system: You are a helpful assistant.
user:
Analyze the provided spectrum to determine if it is a **Carbon Star (C-type)**.

- **Key Visual Indicators of Carbon Star:**
    - **(Primary):** Strong molecular absorption from **C₂ (diatomic carbon) "Swan Bands."** This is the **defining feature** of a carbon star.
        - **(Key Bandheads):** Sharp absorption edges are visible at approximately $5635$ Å, $5165$ Å (the strongest band), and $4737$ Å.
        - **(Line Profile):** Creates a distinct **"saw-tooth"** pattern. The key morphology is a sharp, steep bandhead on the **red (long-wavelength) side**, which then gradually tapers off (i.e., flux recovers) towards the **blue (short-wavelength) side**. *(This is the direct opposite of the TiO bands seen in M-type stars)*.

    - **(Secondary):** Intense **CN (cyanogen)** molecular absorption bands.
        - **(Key Bandheads):** Located in the blue and violet regions of the spectrum (e.g., near $4215$ Å and $3883$ Å).
        - **(Morphology):** These bands are extremely broad and act as a "blanket," absorbing the vast majority of blue and violet light. This creates a characteristic **"cliff"** or **"steep drop-off"** in the spectrum's flux at short wavelengths.

    - **(Key Confirmation):** Strong **CH absorption band (G-band)**.
        - **(Key Bandhead):** Located around $4300$ Å. The contribution from CH molecules to this band is exceptionally strong.

    - **(Overall Spectrum):**
        - The continuum is severely "chopped up" by these deep molecular bands, especially C₂, rather than appearing as a smooth curve.
        - Due to the heavy CN and C₂ absorption in the blue-green, the vast majority of the star's flux is concentrated in the red part of the spectrum, giving the star its characteristic deep red color.

Think first, call **spectral_visualization_tool** if needed to examine features in detail, then provide your final answer. Your response must adhere to the following strict rules:
1.  **Overall Structure:** Your response must follow the format `<think>...</think> <tool_call>...</tool_call> (if a tool is used) <answer>...</answer>`.
2.  **Tool Usage Constraint:** You may only make **one** tool call per turn.
3.  **Final Answer Format:** In the `<answer>` tag, your conclusion must be inside a `\boxed{}` command (e.g., `\boxed{YES}`), followed by your justification.

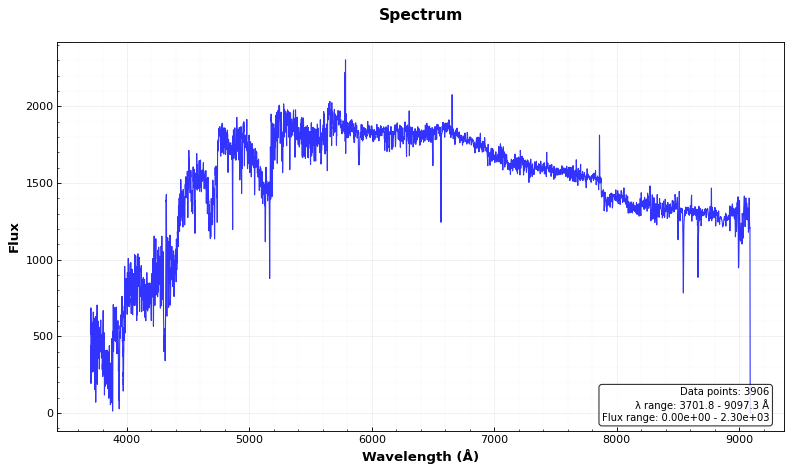
Answer: YES